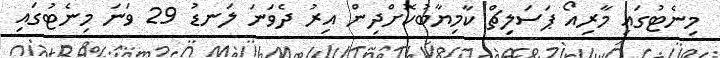
މިނެޓުގައި މާރިއޯ ޕަސަލިޗް ކާމިޔާބުކޮށްދިން އިރު ދެވަނަ ލަނޑު 29 ވަނަ މިނެޓުގައި